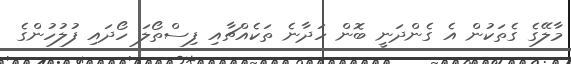
މާލޭގެ ގެތަކުން އެ ގެންދަނީ ބޮން ހަދާނެ ތަކެއްޗާއި ފިސްތޯލަ ހޯދައި ފުލުހުންގެ